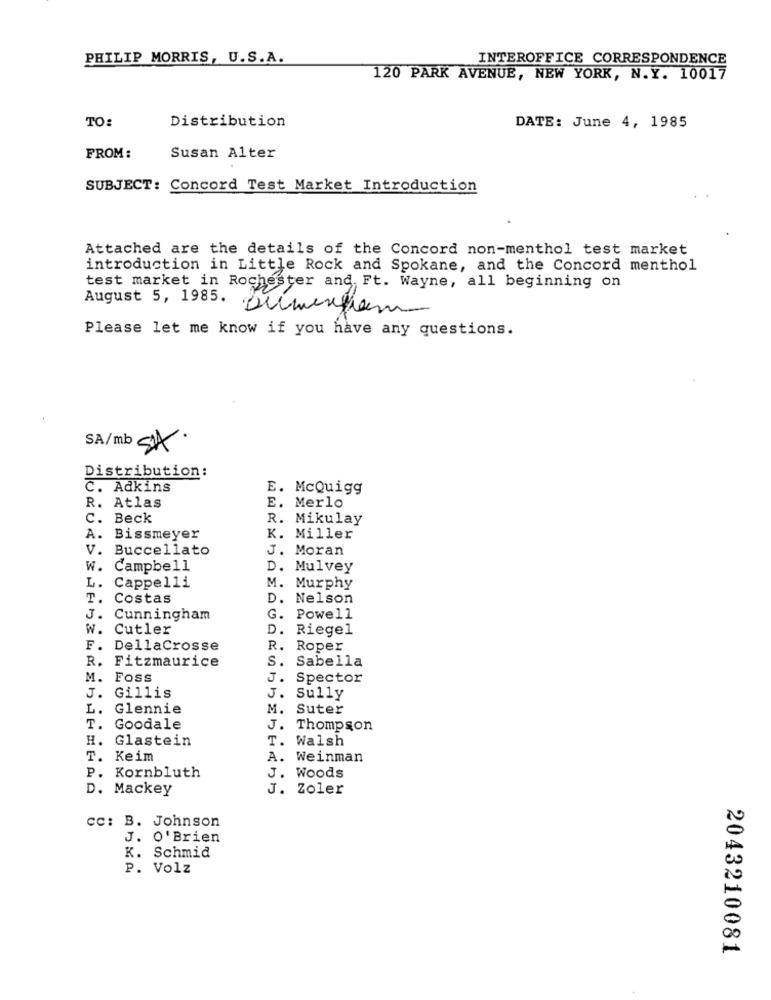
PHILIP MORRIS, U.S.A.
INTEROFFICE CORRESPONDENCE
120 PARK AVENUE, NEW YORK, N.Y. 10017
TO:
Distribution
DATE: June 4, 1985
FROM:
Susan Alter
SUBJECT: Concord Test Market Introduction
Attached are the details of the Concord non-menthol test market
introduction in Little Rock and Spokane, and the Concord menthol
test market in Rochester and, Ft. Wayne, all beginning on
August 5, 1985.
Please let me know if you have any questions.
SA/mb SIA.
Distribution:
C. Adkins
E. McQuigg
R. Atlas
E. Merlo
C. Beck
R. Mikulay
A. Bissmeyer
K. Miller
V. Buccellato
J. Moran
W. Campbell
D. Mulvey
L. Cappelli
M. Murphy
T. Costas
D. Nelson
J. Cunningham
G. Powell
W. Cutler
D. Riegel
F. DellaCrosse
R. Roper
R. Fitzmaurice
S. Sabella
M. Foss
J.
Spector
J. Gillis
J. Sully
L. Glennie
M. Suter
T. Goodale
J. Thompson
H. Glastein
T. Walsh
T. Keim
A. Weinman
P. Kornbluth
J. Woods
D. Mackey
J. Zoler
cc: B. Johnson
J. O'Brien
K. Schmid
P. Volz
2043210081